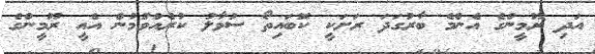
އަދި ރޫމީންގެ އެންމެ ބާރުގަދަ ރަށަކީ ކޮބައިތޯ ސުވާލު ކުރެއްވުމުން އެއީ ރޫމީންގެ